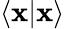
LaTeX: \langle\mathbf{x}|\mathbf{x}\rangle